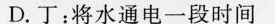
D.丁：将水通电一段时间